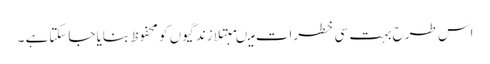
اس طرح بہت سی خطرات میںمبتلا زندگیوں کو محفوظ بنایا جاسکتاہے ۔